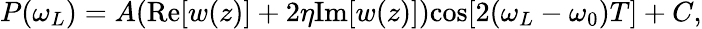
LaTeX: P(\omega_{L})=A(\mathrm{Re}[w(z)]+2\eta\mathrm{Im}[w(z)])\mathrm{cos}[2(\omega_{L}-\omega_{0})T]+C,